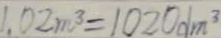
1 . 0 2 m ^ { 3 } = 1 0 2 0 d m ^ { 3 }